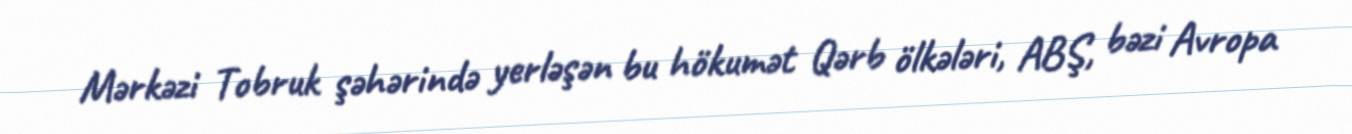
Mərkəzi Tobruk şəhərində yerləşən bu hökumət Qərb ölkələri, ABŞ, bəzi Avropa